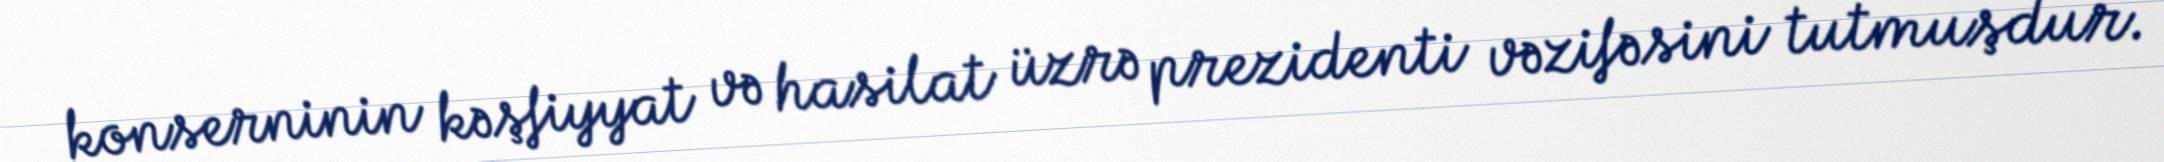
konserninin kəşfiyyat və hasilat üzrə prezidenti vəzifəsini tutmuşdur.